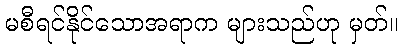
မစီရင်နိုင်သောအရာက များသည်ဟု မှတ်။